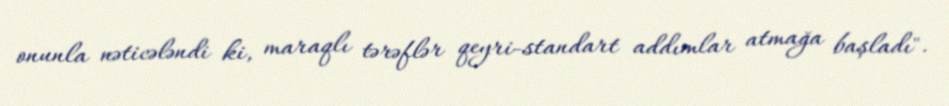
onunla nəticələndi ki, maraqlı tərəflər qeyri-standart addımlar atmağa başladı".